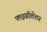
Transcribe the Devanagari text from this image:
फाइब्रीलेशन